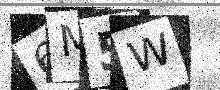
Text: 6M5W